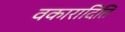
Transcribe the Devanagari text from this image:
वकारादिति